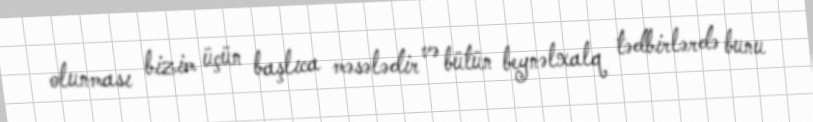
olunması bizim üçün başlıca məsələdir və bütün beynəlxalq tədbirlərdə bunu